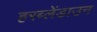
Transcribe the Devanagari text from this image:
हरब्लेंडाउन